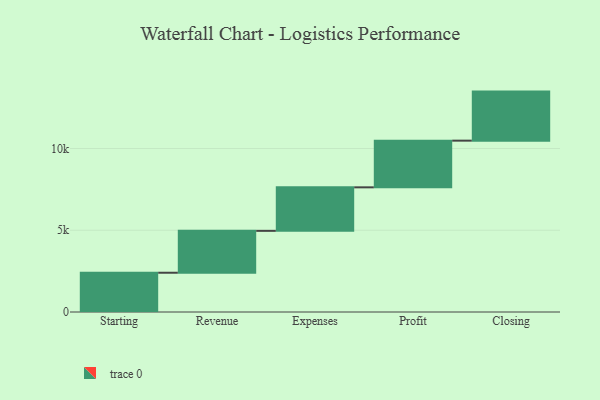
{"axis": {"x": "Step", "y": "Value"}, "legend": [""], "data": [{"x": "Starting", "y": 2401.0, "type": ""}, {"x": "Revenue", "y": 2562.0, "type": ""}, {"x": "Expenses", "y": 2661.0, "type": ""}, {"x": "Profit", "y": 2855.0, "type": ""}, {"x": "Closing", "y": 3000, "type": ""}]}